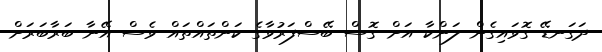
ދަގަނޑޭ ގޮވައިގެން ލަންކާ އަށް ގޮސް ބޭސްފަރުވާގެ ކަންތައްތައް ވެސް އޭނާ ބަރާބަރަށް